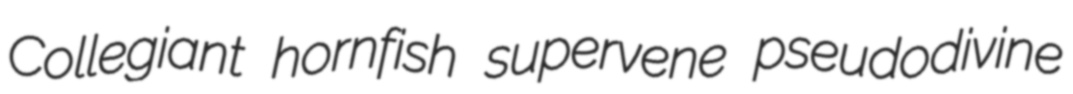
Collegiant hornfish supervene pseudodivine